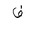
Letter: _fa